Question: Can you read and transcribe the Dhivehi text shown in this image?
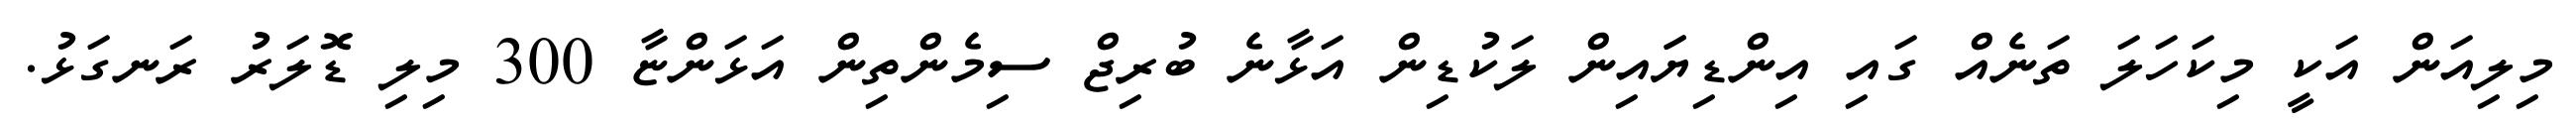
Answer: މިލިއަން އަކީ މިކަހަލަ ތަނެއް ގައި އިންޑިޔަައިން ލަކުޑިން އަޅާނެ ބުރިޖް ސިމެންތިން އަޅަންޏާ 300 މިލި ޑޮލަރު ރަނގަޅު.